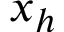
x _ { h }